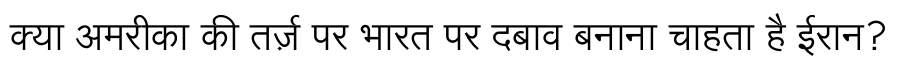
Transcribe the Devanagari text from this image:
क्या अमरीका की तर्ज़ पर भारत पर दबाव बनाना चाहता है ईरान?